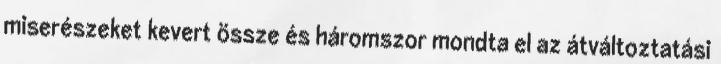
miserészeket kevert össze és háromszor mondta el az átváltoztatási